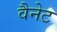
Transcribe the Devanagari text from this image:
वैनेट